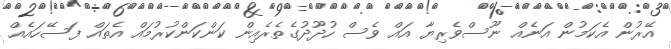
އޭރުން އެކަމުން އަނެއް ނޫސްވެރިޔާ އައް ވެސް ހުދޫދުގެތެރެއިން ކަންކަންކުރުމައް އެތައް ފަސޭހައެއް